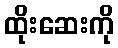
ထိုးဆေးကို